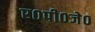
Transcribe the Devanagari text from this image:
ए०पी०जे०